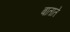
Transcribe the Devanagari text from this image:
बाताते